Document type: payment_order
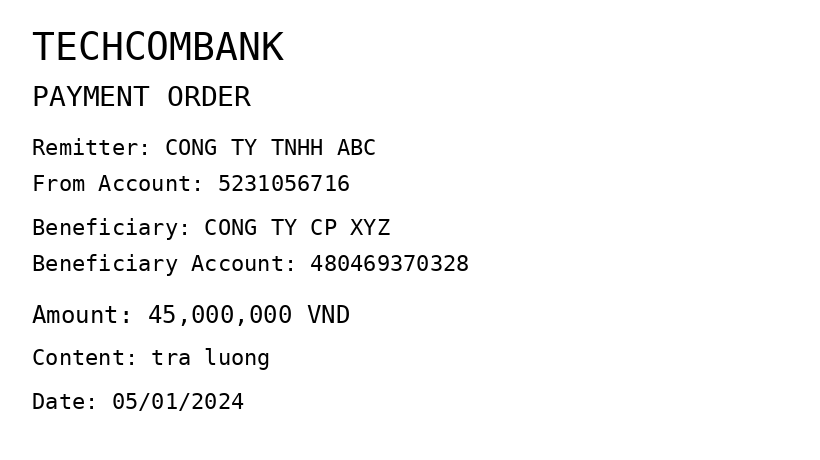
OCR transcript:
TECHCOMBANK
PAYMENT ORDER
Remitter: CONG TY TNHH ABC
From Account: 5231056716
Beneficiary: CONG TY CP XYZ
Beneficiary Account: 480469370328
Amount: 45,000,000 VND
Content: tra luong
Date: 05/01/2024
Extracted fields:
bank_name: techcombank
sender_name: cong ty tnhh abc
sender_account: 5231056716
beneficiary_name: cong ty cp xyz
beneficiary_account: 480469370328
amount: 45000000
content: tra luong
date: 2024-01-05